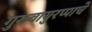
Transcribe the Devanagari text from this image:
गुरुवायुरप्पाचे